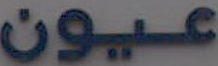
عيون